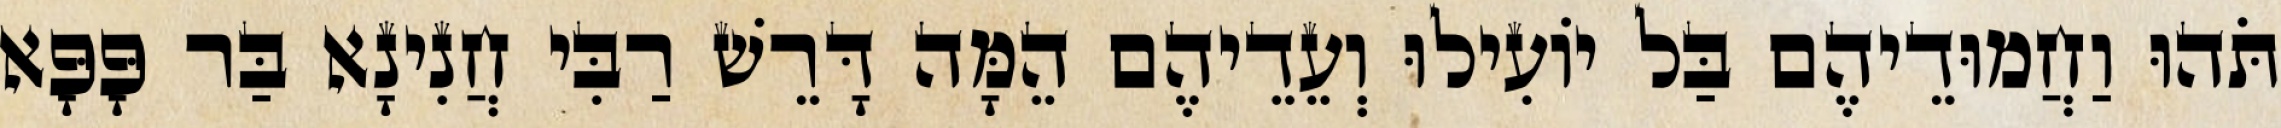
תֹּהוּ וַחֲמוּדֵיהֶם בַּל יוֹעִילוּ וְעֵדֵיהֶם הֵמָּה דָּרֵשׁ רַבִּי חֲנִינָא בַּר פָּפָּא